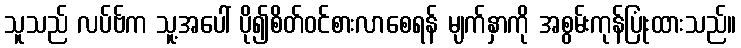
သူသည် လပ်ဗ်က သူ့အပေါ် ပို၍စိတ်ဝင်စားလာစေရန် မျက်နှာကို အစွမ်းကုန်ပြုံးထားသည်။